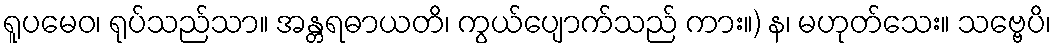
ရူပမေဝ၊ ရုပ်သည်သာ။ အန္တရဓာယတိ၊ ကွယ်ပျောက်သည် ကား။) န၊ မဟုတ်သေး။ သဗ္ဗေပိ၊